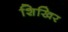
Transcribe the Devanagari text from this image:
शिखिर